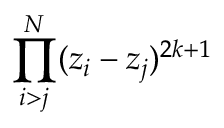
\prod _ { i > j } ^ { N } ( z _ { i } - z _ { j } ) ^ { 2 k + 1 }